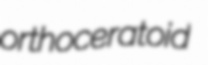
orthoceratoid